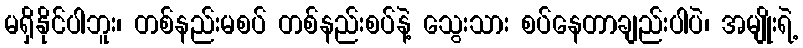
မရှိနိုင်ပါဘူး၊ တစ်နည်းမစပ် တစ်နည်းစပ်နဲ့ သွေးသား စပ်နေတာချည်းပါပဲ၊ အမျိုးရဲ့